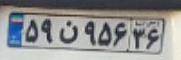
۵۹ن۹۵۶۳۶